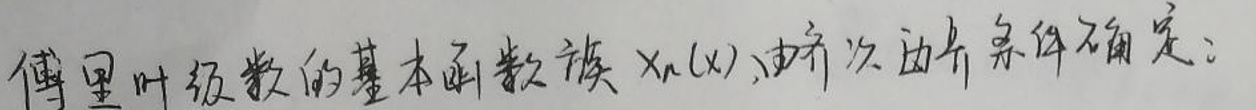
傅里叶级数的基本函数族$x_n(x)$由齐次边界条件确定：